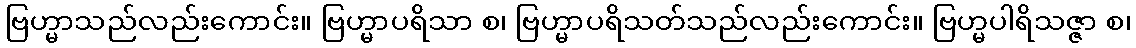
ဗြဟ္မာသည်လည်းကောင်း။ ဗြဟ္မာပရိသာ စ၊ ဗြဟ္မာပရိသတ်သည်လည်းကောင်း။ ဗြဟ္မပါရိသဇ္ဇာ စ၊